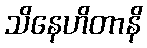
သိနေဟိတာနိ